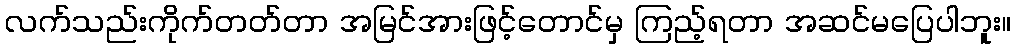
လက်သည်းကိုက်တတ်တာ အမြင်အားဖြင့်တောင်မှ ကြည့်ရတာ အဆင်မပြေပါဘူး။